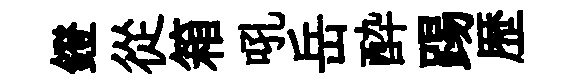
鐙從箱吼岳酔踢歴